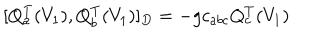
LaTeX: [ Q _ { a } ^ { T } ( V _ { 1 } ) , Q _ { b } ^ { T } ( V _ { 1 } ) ] _ { D } = - g c _ { a b c } Q _ { c } ^ { T } ( V _ { 1 } )